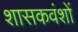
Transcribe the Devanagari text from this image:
शासकवंशों